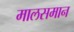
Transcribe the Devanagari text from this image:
मालसमान